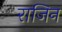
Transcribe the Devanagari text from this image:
राजिन